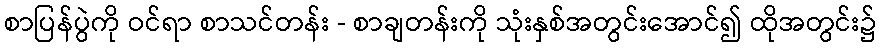
စာပြန်ပွဲကို ဝင်ရာ စာသင်တန်း - စာချတန်းကို သုံးနှစ်အတွင်းအောင်၍ ထိုအတွင်း၌